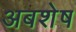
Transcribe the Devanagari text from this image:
अबशेष